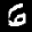
Label: 6